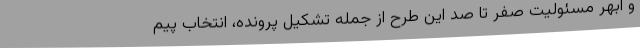
و ابهر مسئولیت صفر تا صد این طرح از جمله تشکیل پرونده، انتخاب پیم